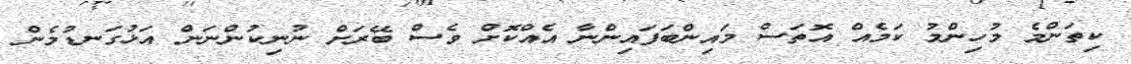
ކިތަންމެ މުހިންމު ކަމެއް އޮތަސް މައިންބަފައިންނާ އެއްކޮށް ވެސް ބޭރަށް ނުނިކުންނަން އަޅުގަނޑުމެން